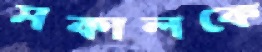
সকালকে